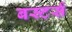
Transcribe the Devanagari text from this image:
बस्टर्स